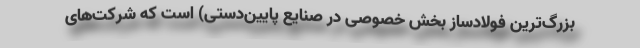
بزرگ‌ترین فولادساز بخش خصوصی در صنایع پایین‌دستی) است که شرکت‌های